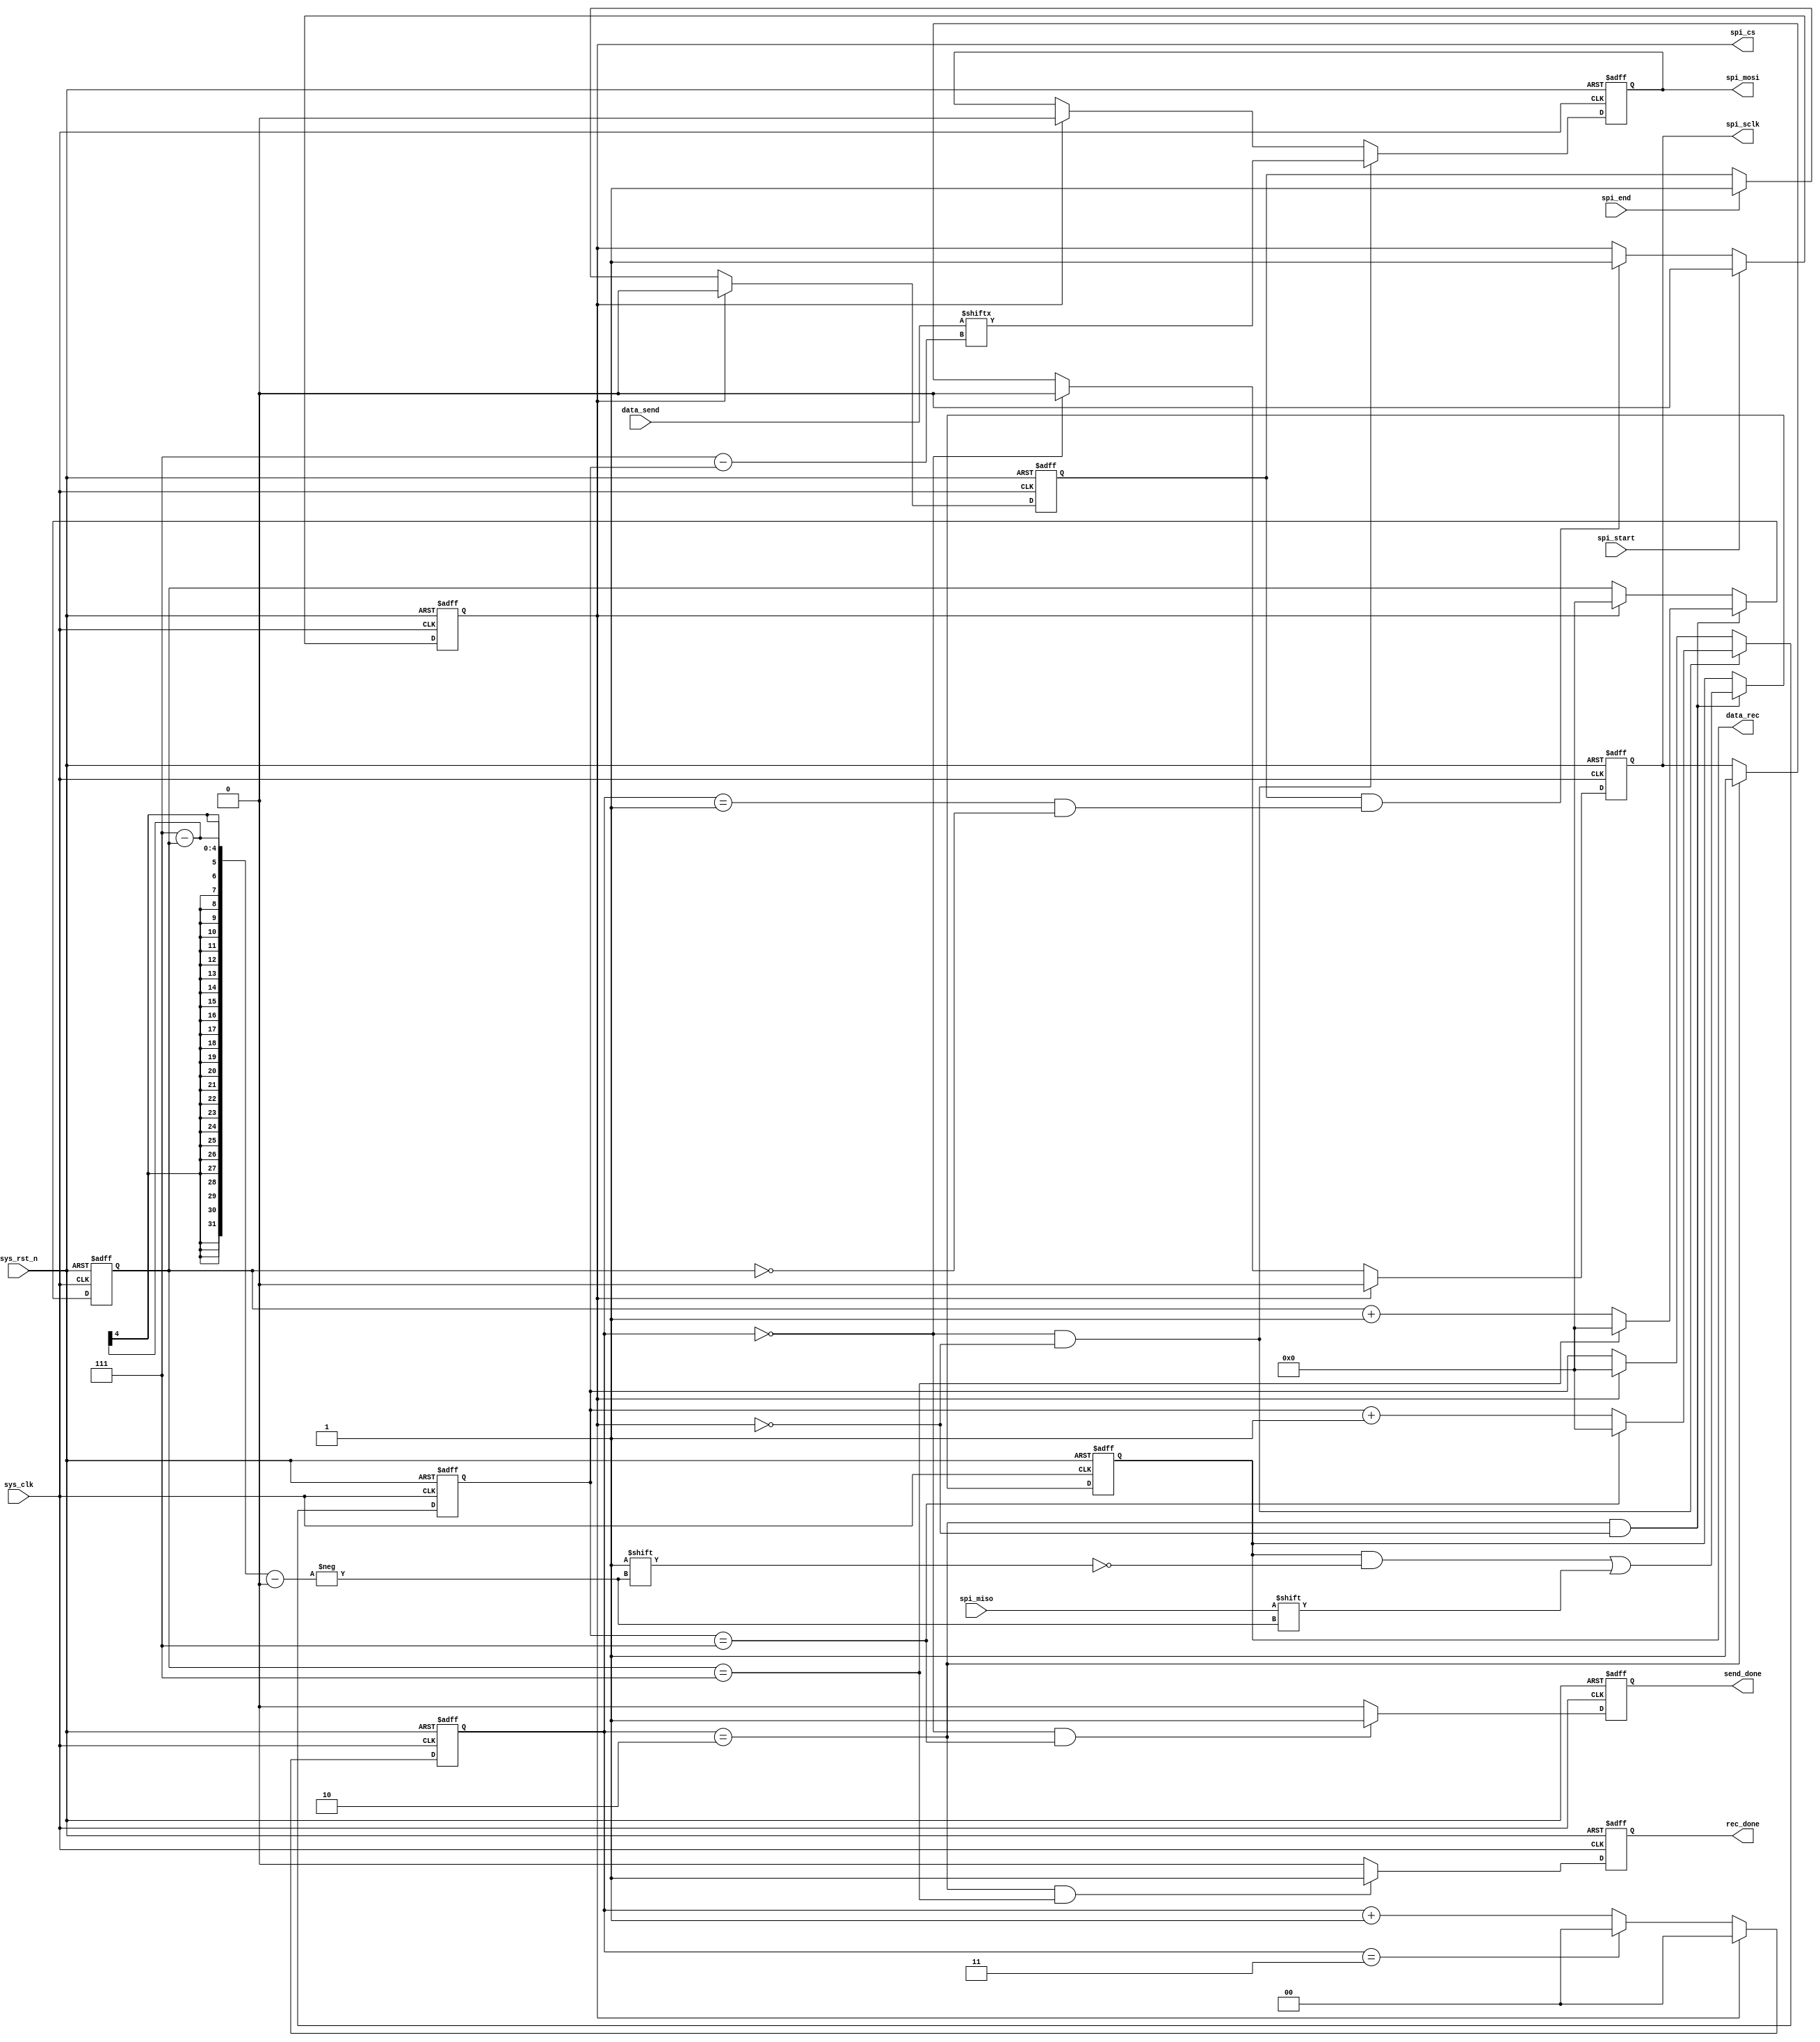
`timescale 1ns/1ns		///	
// 0
module spi_drive
(
// 
    input               sys_clk		, 					// 50MHz
    input               sys_rst_n	, 					// 
// 			
    input               spi_start	,					// 
    input              	spi_end		,					// 
    input        [7:0]  data_send   , 					// 
    output  reg  [7:0]  data_rec  	, 					// 
    output  reg         send_done	, 					//     
    output  reg         rec_done	, 					//     
// SPI		
    input               spi_miso	, 					// SPI
    output  reg         spi_sclk	, 					// SPI
    output  reg         spi_cs    	, 					// SPI,
    output  reg         spi_mosi						// SPI          
);		
		
reg	[1:0]	cnt;										//4
reg	[3:0]	bit_cnt_send;								//
reg	[3:0]	bit_cnt_rec;								//
reg			spi_end_req;								//

//4
always @(posedge sys_clk or negedge sys_rst_n)begin
	if(!sys_rst_n)
		cnt <= 2'd0;						
	else if(!spi_cs)begin
		if(cnt == 2'd3)
			cnt <= 2'd0;
		else
		cnt <= cnt + 1'b1;		
	end
	else 
		cnt <= 2'd0;	
end
// spi_sclk
always @(posedge sys_clk or negedge sys_rst_n)begin
	if(!sys_rst_n)
		spi_sclk <= 1'b0;								//0					
	else if(!spi_cs)begin								//SPI
		if(cnt == 2'd0 )
			spi_sclk <= 1'b0;
		else if (cnt == 2'd2)
			spi_sclk <= 1'b1;
		else 
			spi_sclk <= spi_sclk;	
	end
	else 
		spi_sclk <= 1'b0;								//0		
end
// spi_cs
always @(posedge sys_clk or negedge sys_rst_n)begin
	if(!sys_rst_n)
		spi_cs <= 1'b1;									//						
	else if(spi_start)									//SPI
		spi_cs <= 1'b0;
	//SPIBYTE
	else if(spi_end_req && (cnt == 2'd1 && bit_cnt_rec == 4'd0))
		spi_cs <= 1'b1;									//SPI
end
// (spi_end)
always @(posedge sys_clk or negedge sys_rst_n)begin
	if(!sys_rst_n)
		spi_end_req <= 1'b0;							//					
	else if(spi_cs)										
		spi_end_req <= 1'b0;							//SPI
	else if(spi_end)									
		spi_end_req <= 1'b1;							//SPI
end
// --------------------------------------------------------------------

// 
always @(posedge sys_clk or negedge sys_rst_n)begin
	if(!sys_rst_n)begin
		spi_mosi <= 1'b0;								//0
		bit_cnt_send <= 4'd0;		
	end		
	else if(cnt == 2'd0 && !spi_cs)begin				//0
		spi_mosi <= data_send[7-bit_cnt_send];			//
		if(bit_cnt_send == 4'd7)						//8bit
			bit_cnt_send <= 4'd0;		
		else		
			bit_cnt_send <= bit_cnt_send + 1'b1;			
	end		
	else if(spi_cs)begin								//
		spi_mosi <= 1'b0;								//0
		bit_cnt_send <= 4'd0;
	end
	else begin
		spi_mosi <= spi_mosi;
		bit_cnt_send <= bit_cnt_send;
	end
end
// 
always @(posedge sys_clk or negedge sys_rst_n)begin
	if(!sys_rst_n)
		send_done <= 1'b0;			
	else if(cnt == 2'd0 && bit_cnt_send == 4'd7)		//8bit
		send_done <= 1'b1;								//	
	else 
		send_done <= 1'b0;			
end

// --------------------------------------------------------------------

// spi_miso
always @(posedge sys_clk or negedge sys_rst_n)begin
	if(!sys_rst_n)begin
		data_rec <= 8'd0;		
		bit_cnt_rec <= 4'd0;
	end
	else if(cnt == 2'd2 && !spi_cs)begin				//0
		data_rec[7-bit_cnt_rec] <= 	spi_miso;			//
		if(bit_cnt_rec == 4'd7)							//8bit
			bit_cnt_rec <= 4'd0;
		else
			bit_cnt_rec <= bit_cnt_rec + 1'b1;	
	end
	else if(spi_cs)begin								
		bit_cnt_rec <= 4'd0;
	end
	else begin
		data_rec <= data_rec;
		bit_cnt_rec <= bit_cnt_rec;
	end
end
// 
always @(posedge sys_clk or negedge sys_rst_n)begin
	if(!sys_rst_n)
		rec_done <= 1'b0;									
	else if(cnt == 2'd2 && bit_cnt_rec == 4'd7)			//8bit
		rec_done <= 1'b1;								//			
	else 
		rec_done <= 1'b0;					
end

endmodule